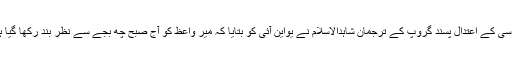
ایچ سی کے اعتدال پسند گروپ کے ترجمان شاہدالاسلام نے یواین آئی کو بتایا کہ میر واعظ کو آج صبح چھ بجے سے نظر بند رکھا گیا ہے۔